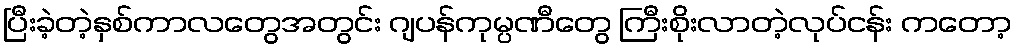
ပြီးခဲ့တဲ့နှစ်ကာလတွေအတွင်း ဂျပန်ကုမ္ပဏီတွေ ကြီးစိုးလာတဲ့လုပ်ငန်း ကတော့